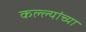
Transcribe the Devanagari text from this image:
कल्ल्यांच्या